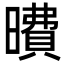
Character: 曊